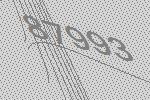
87993